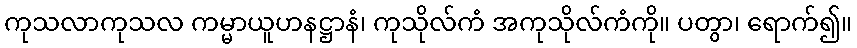
ကုသလာကုသလ ကမ္မာယူဟနဋ္ဌာနံ၊ ကုသိုလ်ကံ အကုသိုလ်ကံကို။ ပတွာ၊ ရောက်၍။